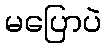
မပြောပဲ